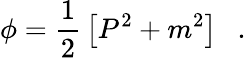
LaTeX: \phi=\frac{1}{2}\, \left[P^{2}+m^{2}\right]\ \ \ .